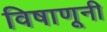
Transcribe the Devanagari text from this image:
विषाणूनी